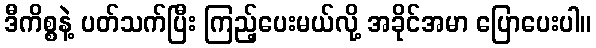
ဒီကိစ္စနဲ့ ပတ်သက်ပြီး ကြည့်ပေးမယ်လို့ အခိုင်အမာ ပြောပေးပါ။